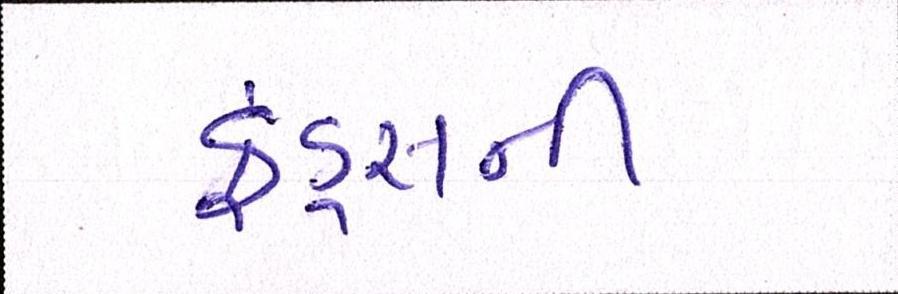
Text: ફંડ્સની